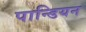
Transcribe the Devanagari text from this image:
पान्डियन